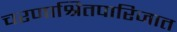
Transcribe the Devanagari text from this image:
चरणाश्रितपारिजात